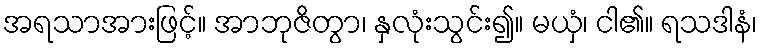
အရသာအားဖြင့်။ အာဘုဇိတွာ၊ နှလုံးသွင်း၍။ မယှံ၊ ငါ၏။ ရသဒါနံ၊